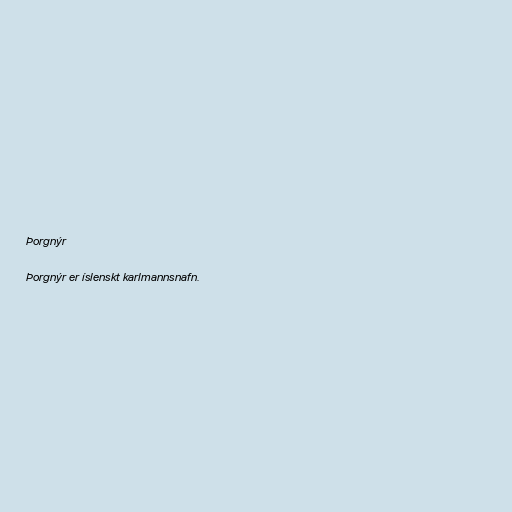
Þorgnýr

Þorgnýr er íslenskt karlmannsnafn.